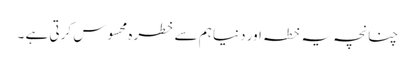
چنانچہ یہ خطہ اور دنیا ہم سے خطرہ محسوس کرتی ہے ۔